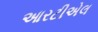
આરટીએલ